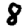
Digit: 8